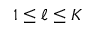
1 \le \ell \le K